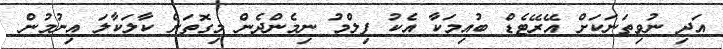
އަދި ނުވިތަނަކަށް އޭރޭޓެޑް ބުއިމަކާ އެކު ފިލްމު ނިމެންދެން މިގޮތަށް ކާލަކާލަ އިނުމުން